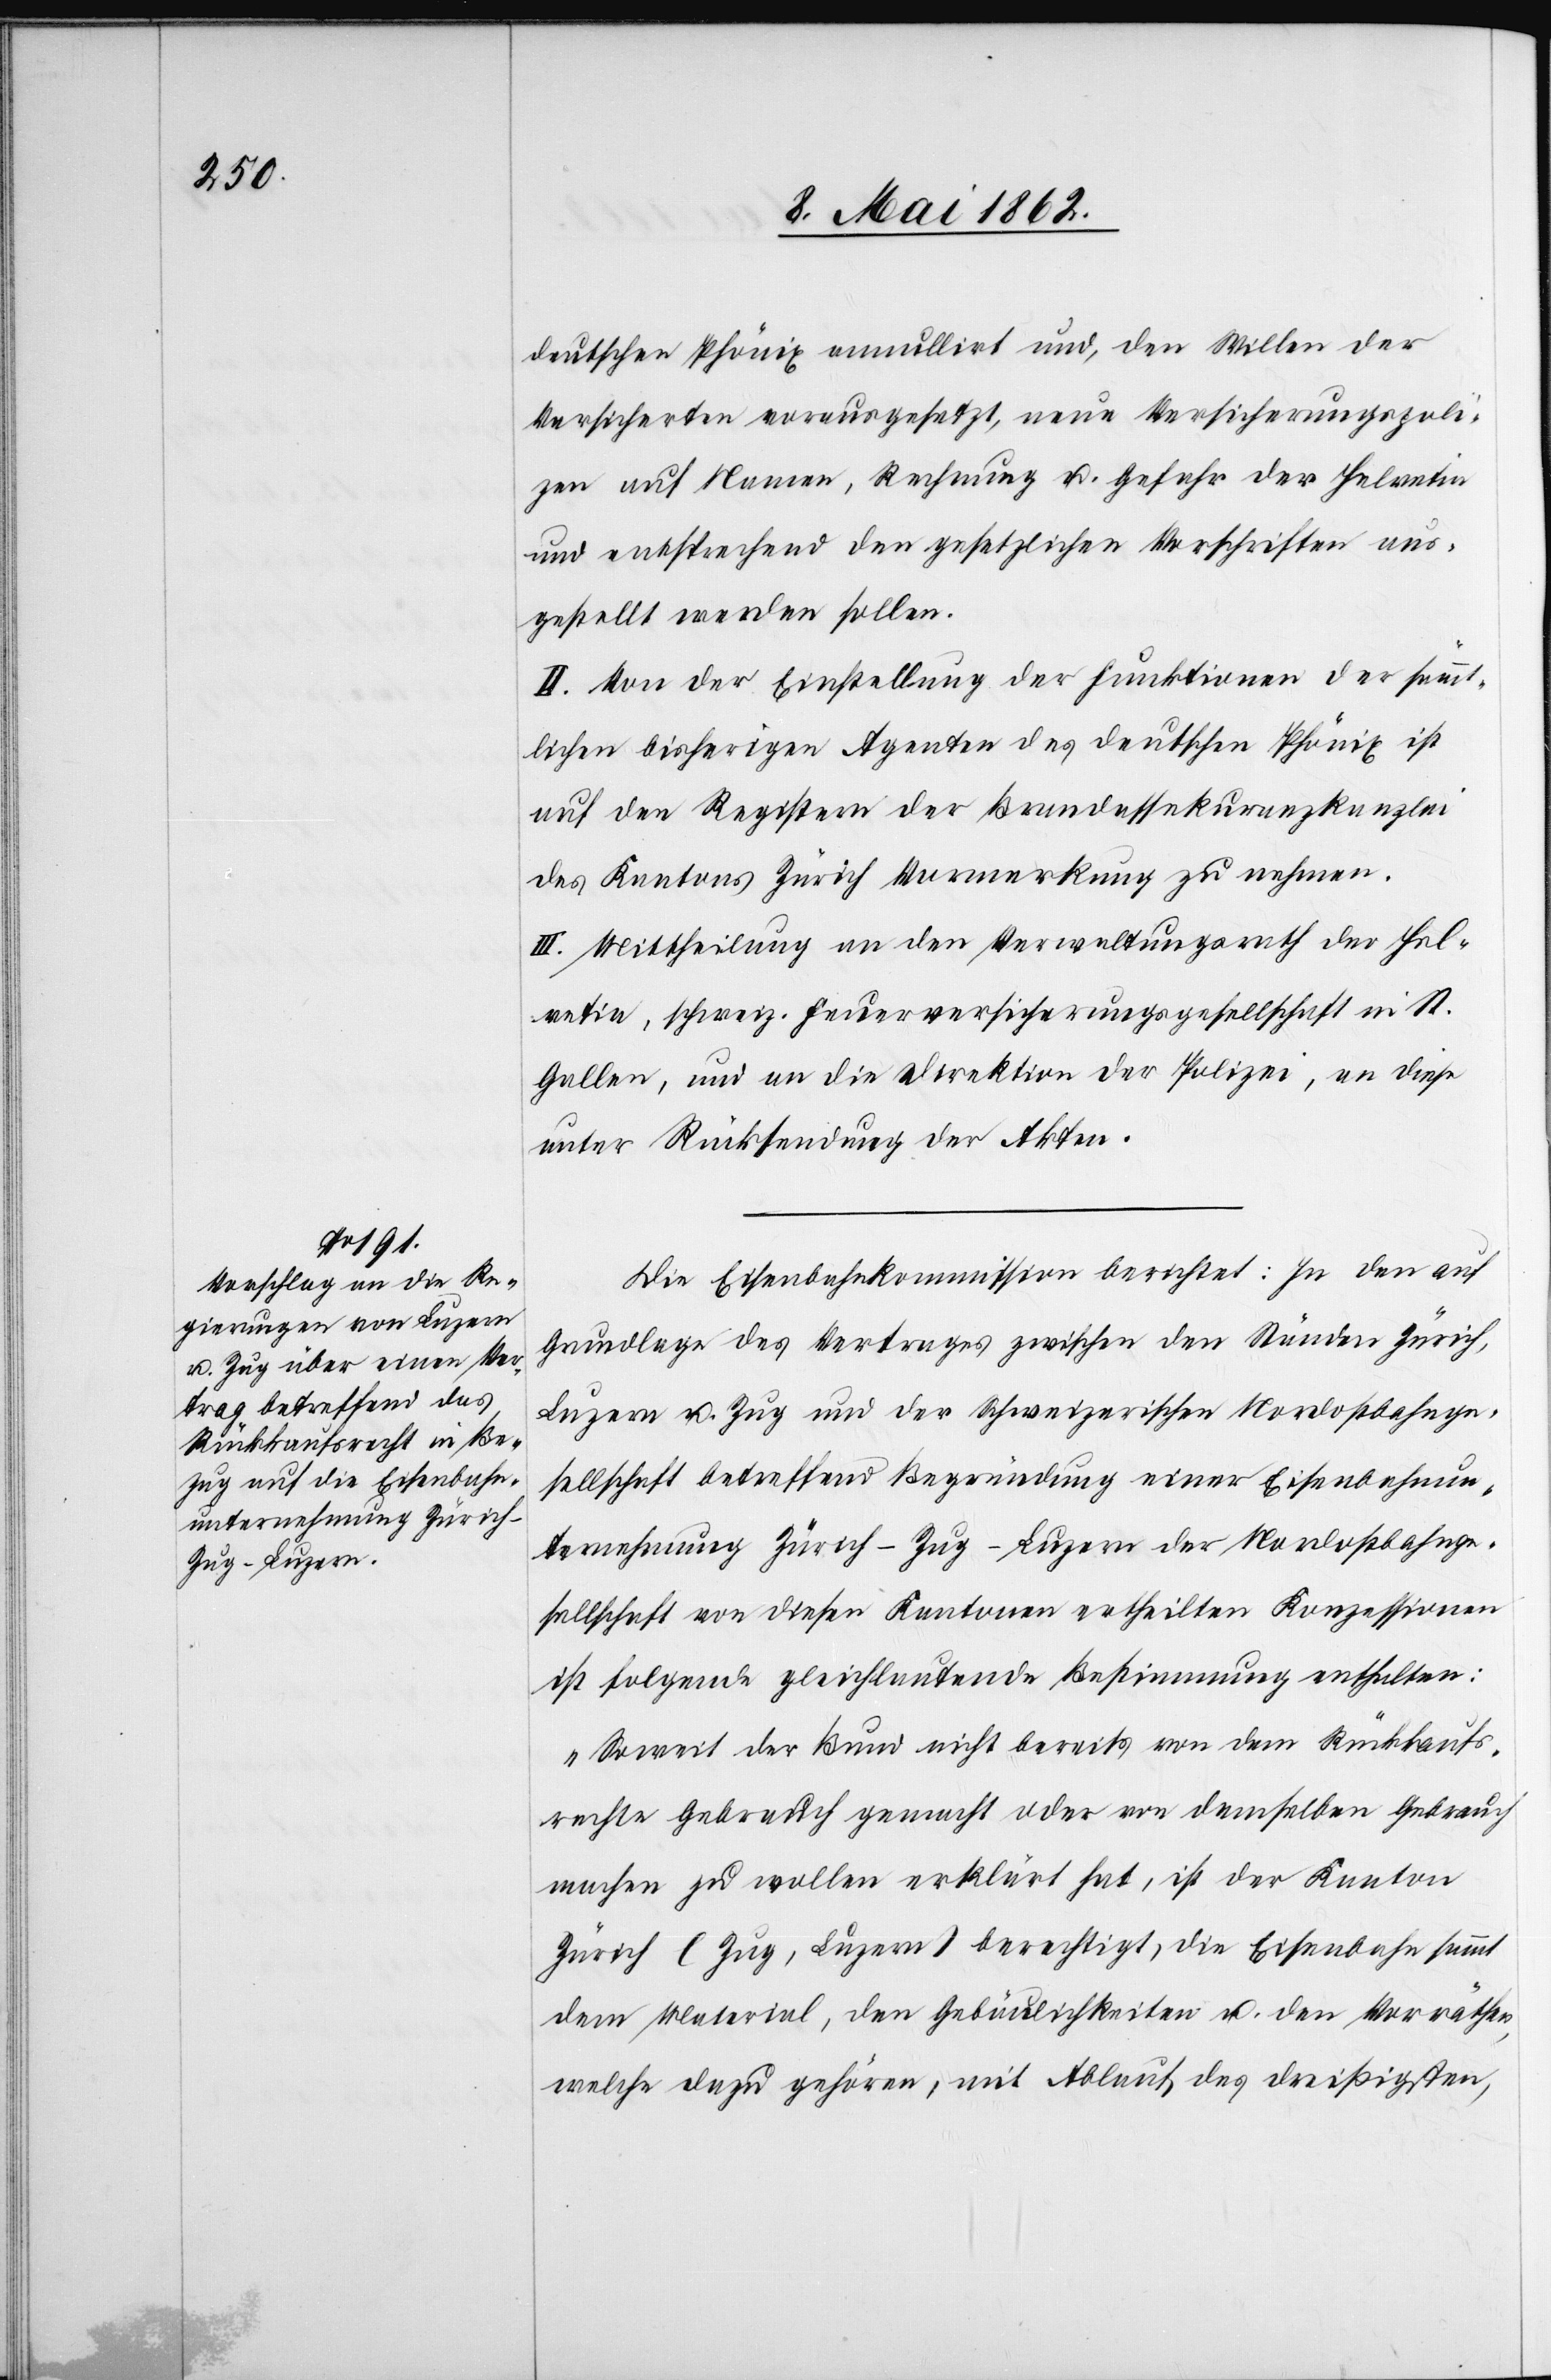
deutschen Phönix annullirt und, den Willen der
Versicherten vorausgesetzt, neue Versicherungspoli¬
zen auf Namen, Rechnung u. Gefahr der Helvetia
und entsprechend den gesetzlichen Vorschriften aus¬
gestellt werden sollen.
II. Von der Einstellung der Funktionen der sämmt¬
lichen bisherigen Agenten des deutschen Phönix ist
auf den Registern der Brandassekuranzkanzlei
des Kantons Zürich Vormerkung zu nehmen.
III. Mittheilung an den Verwaltungsrath der Hel¬
vetia, schweiz. Feuerversicherungsgesellschaft in St.
Gallen, und an die Direktion der Polizei, an diese
unter Rücksendung der Akten.
Die Eisenbahnkommission berichtet: In den auf
Grundlage des Vertrages zwischen den Ständen Zürich,
Luzern u. Zug und der Schweizerischen Nordostbahnge¬
sellschaft betreffend Begründung einer Eisenbahnun¬
ternehmung Zürich-Zug-Luzern der Nordostbahnge¬
sellschaft von diesen Kantonen ertheilten Konzessionen
ist folgende gleichlautende Bestimmung enthalten:
„Soweit der Bund nicht bereits von dem Rückkaufs¬
rechte Gebrauch gemacht oder von demselben Gebrauch
machen zu wollen erklärt hat, ist der Kanton
Zürich (Zug, Luzern) berechtigt, die Eisenahn sammt
dem Material, den Gebäulichkeiten u. den Vorräthen,
welche dazu gehören, mit Ablauf des dreißigsten,